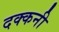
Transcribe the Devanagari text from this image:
दक्‍कनी